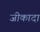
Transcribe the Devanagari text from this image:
जीकादा